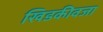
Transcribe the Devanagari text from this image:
खिडकीवजा